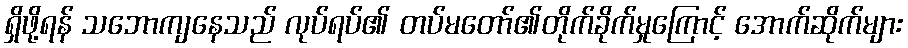
ရှိဖို့ရန် သဘောကျနေသည် လုပ်ရပ်၏ တပ်မတော်၏တိုက်ခိုက်မှုကြောင့် အောက်ဆိုက်များ